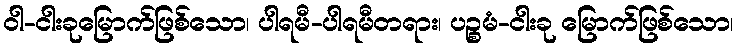
ဝါ-ငါးခုမြောက်ဖြစ်သော၊ ပါရမီ-ပါရမီတရား၊ ပဉ္စမံ-ငါးခု မြောက်ဖြစ်သော၊